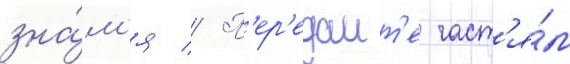
зна́м'я // П'ер'едаит'е част'я́м